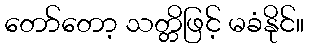
တော်တော့ သတ္တိဖြင့် မခံနိုင်။